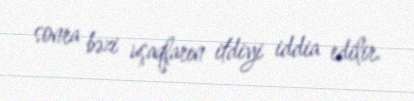
sonra bəzi uşaqların itdiyi iddia edilir.